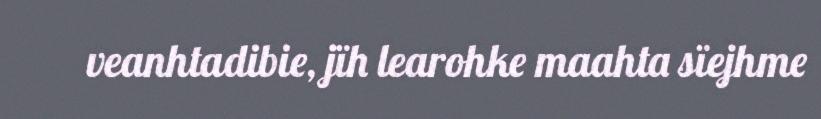
veanhtadibie, jïh learohke maahta sïejhme